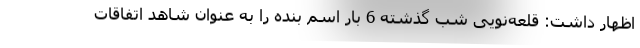
اظهار داشت: قلعه‌نویی شب گذشته 6 بار اسم بنده را به عنوان شاهد اتفاقات